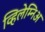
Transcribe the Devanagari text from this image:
व्हिलेम्निअ